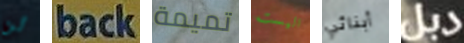
لن back تميمة اليست أبنائي دبل